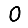
Digit: 0